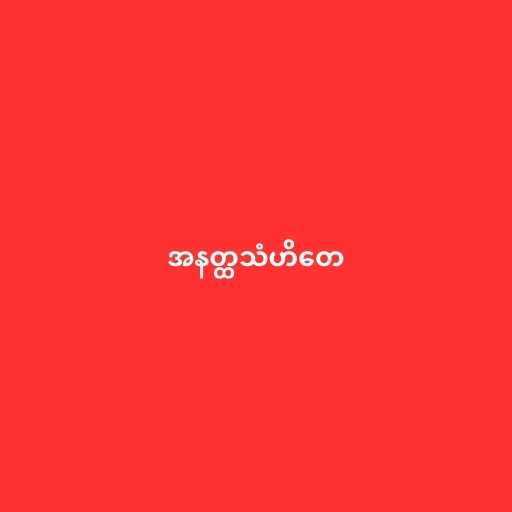
အနတ္ထသံဟိတေ